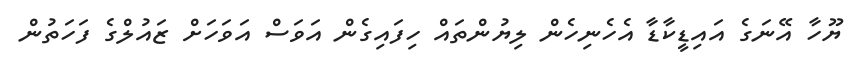
ޔޫހާ އޭނަގެ އައިޑީކާޑާ އެހެނިހެން ލިޔުންތައް ހިފައިގެން އަވަސް އަވަހަށް ޒައުލްގެ ފަހަތުން